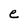
Character: e